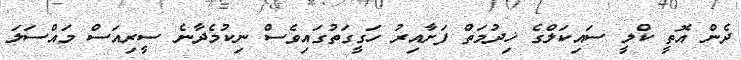
ދެން އޮތީ ކްލީ ސައިކަލްގެ ޚިދުމަތް ފަށާއިރު ހަގީގަތުގައިވެސް ނިކުމެދާނެ ސީރިއަސް މައްސަލަ